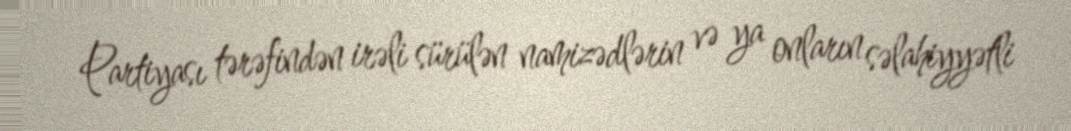
Partiyası tərəfindən irəli sürülən namizədlərin və ya onların səlahiyyətli